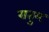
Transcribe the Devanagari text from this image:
रातुम